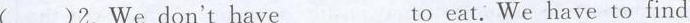
( )2.We don't have___to eat. We have to find